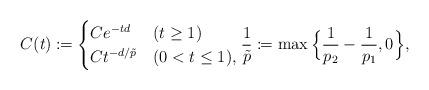
LaTeX: \begin{align*}C(t) \coloneqq \begin{cases}C e^{-td} & (t\ge 1) \\ C t^{-d/\tilde{p}} & (0<t\le 1), \end{cases} \frac{1}{\tilde{p}} \coloneqq \max\Big\{ \frac{1}{p_2}-\frac{1}{p_1},0 \Big\}, \end{align*}